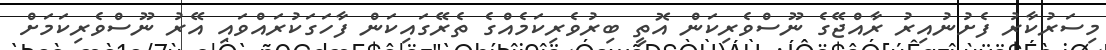
މިސަރުކާރު ފެށުނުއިރު ރާއްޖޭގެ ނޫސްވެރިކަން އޮތީ ބިރުވެރިކަމެއްގެ ތެރޭގައިކަން ފާހަގަކުރައްވައި އޭރު ނޫސްވެރިކަމަށް